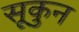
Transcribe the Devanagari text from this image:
सूकुन